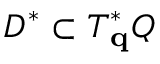
D ^ { \ast } \subset T _ { \mathbf { q } } ^ { \ast } Q